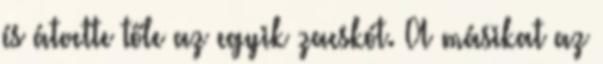
és átvette tőle az egyik zacskót. A másikat az